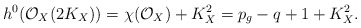
\begin{align*}h^0(\mathcal{O}_X(2K_X))=\chi(\mathcal{O}_X)+K_X^2=p_g-q+1+K_X^2.\end{align*}